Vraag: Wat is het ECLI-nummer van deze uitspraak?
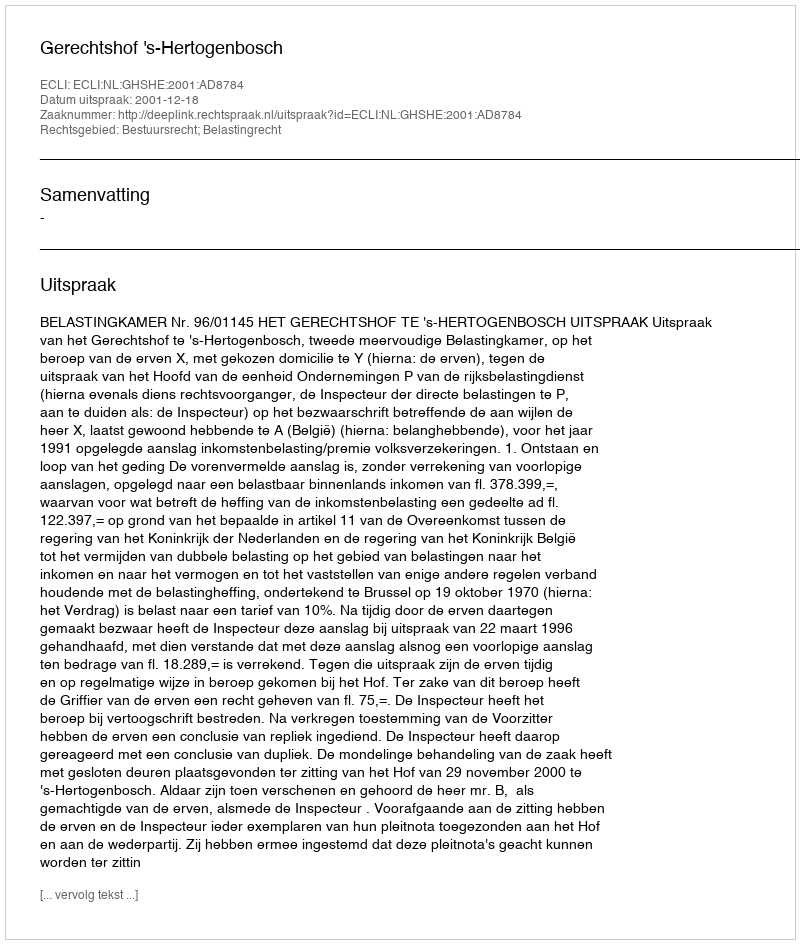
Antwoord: ECLI:NL:GHSHE:2001:AD8784